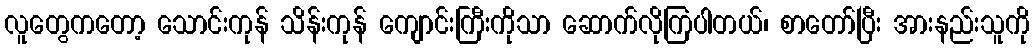
လူတွေကတော့ သောင်းကုန် သိန်းကုန် ကျောင်းကြီးကိုသာ ဆောက်လိုကြပါတယ်၊ စာတော်ပြီး အားနည်းသူကို